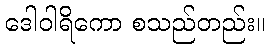
ဒေါဝါရိကော စသည်တည်း။